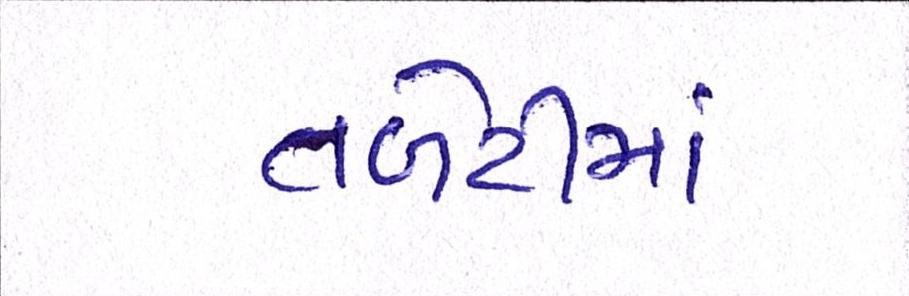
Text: તળેટીમાં